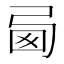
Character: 㢴